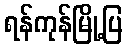
ရန်ကုန်မြို့ပြ